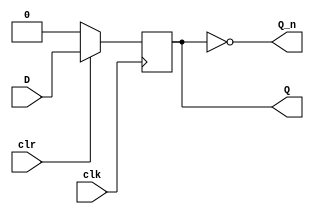
/*===========D-FLIP-FLOP===========
Tenemos que asegurarnos que solo 
cambie de valor cuando el relo esta
en una de las transiciones para que
sea un flip-flop.
Recordemos:
1. 1 input: D
2. Characteristic Table:
    D| Q(t+1)
    ----------
    0| 0 (reset)
    1| 1 (set)
3. Hace 2 de las 3 operaciones: set y reset
*/
module d_flipflop(output reg Q, output Q_n, input D, clr, clk);
    assign Q_n = ~Q;
    //always @ (posedge clk, negedge clr) //cleare asincronico
    always @ (posedge clk) //cleare sincronico
        if(!clr) Q <= 1'b0;
        else Q <= D;
endmodule